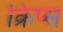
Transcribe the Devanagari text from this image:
क्रिप्‍स